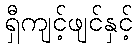
ရှီကျင့်ဖျင်နှင့်